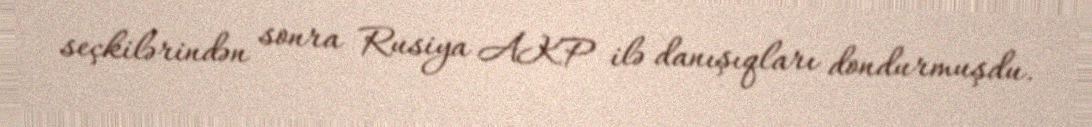
seçkilərindən sonra Rusiya AKP ilə danışıqları dondurmuşdu.